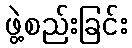
ဖွဲ့စည်းခြင်း